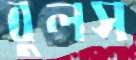
বুলস